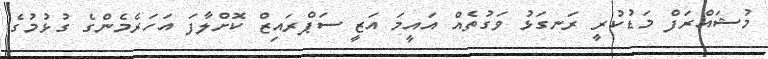
މުޝައްރަފް މަޑުކުރީ ރަނގަޅު ވަގުތެއް އައީމަ އަޒީ ސަޕްރައިޒް ކޮށްލާފަ އަހަރެމެންގެ ގުޅުމުގެ